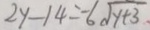
2 y - 1 4 = - 6 \sqrt { y + 3 }